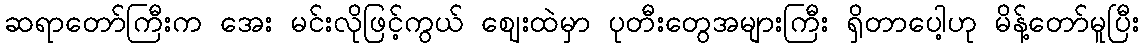
ဆရာတော်ကြီးက အေး မင်းလိုဖြင့်ကွယ် ဈေးထဲမှာ ပုတီးတွေအများကြီး ရှိတာပေါ့ဟု မိန့်တော်မူပြီး